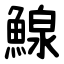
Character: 鰁